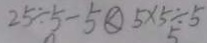
2 5 \div 5 - 5 \textcircled { < } 5 \times 5 \div 5